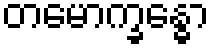
တမောက္ခန္ဓော